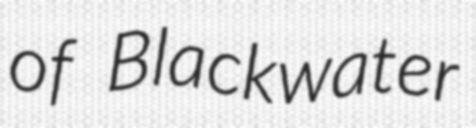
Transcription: of Blackwater